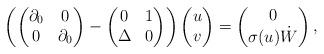
LaTeX: \begin{align*} \left(\begin{pmatrix} \partial_0 & 0 \\ 0 & \partial_0 \end{pmatrix} - \begin{pmatrix} 0 & 1 \\ \Delta & 0 \end{pmatrix}\right)\begin{pmatrix} u \\ v \end{pmatrix} = \begin{pmatrix} 0 \\ \sigma(u)\dot W \end{pmatrix},\end{align*}